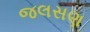
જલસણ